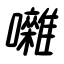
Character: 囃